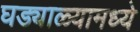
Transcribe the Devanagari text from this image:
घड्याळ्यामध्ये